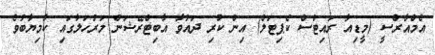
އެމްއާރްސީ (މީޑިއާ ރައިޓްސް ކެޕިޓަލް) އިން ކުރި ދައުވާ އާބިޓްރޭޝަން މަރުހަލާގައި ކާމިޔާބުވެ